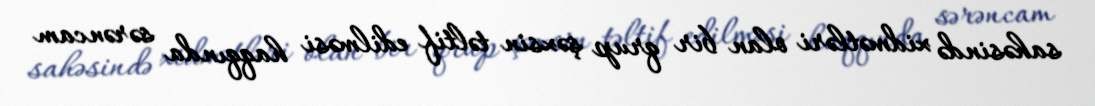
sahəsində xidmətləri olan bir qrup şəxsin təltif edilməsi haqqında sərəncam